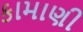
કામાણી